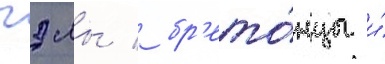
гэлы / бр'ето́нцы и́